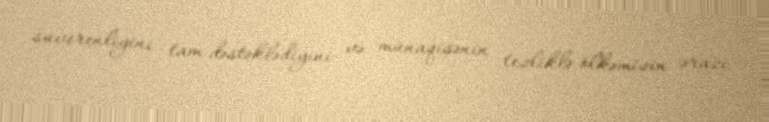
suverenliyini tam dəstəklədiyini və münaqişənin tezliklə ölkəmizin ərazi